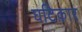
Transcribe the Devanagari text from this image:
घटिकार